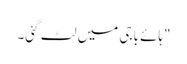
"ہائے باجی میں لٹ گئی۔